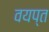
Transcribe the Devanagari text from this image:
वयप्त